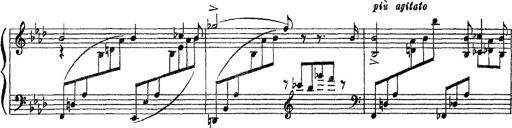
Title: 3 sonetti di Petrarca
Composer: Franz Liszt